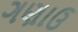
ગણાઉ